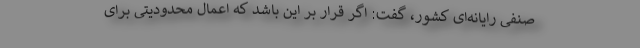
صنفی رایانه‌ای کشور، گفت: اگر قرار بر این باشد که اعمال محدودیتی برای